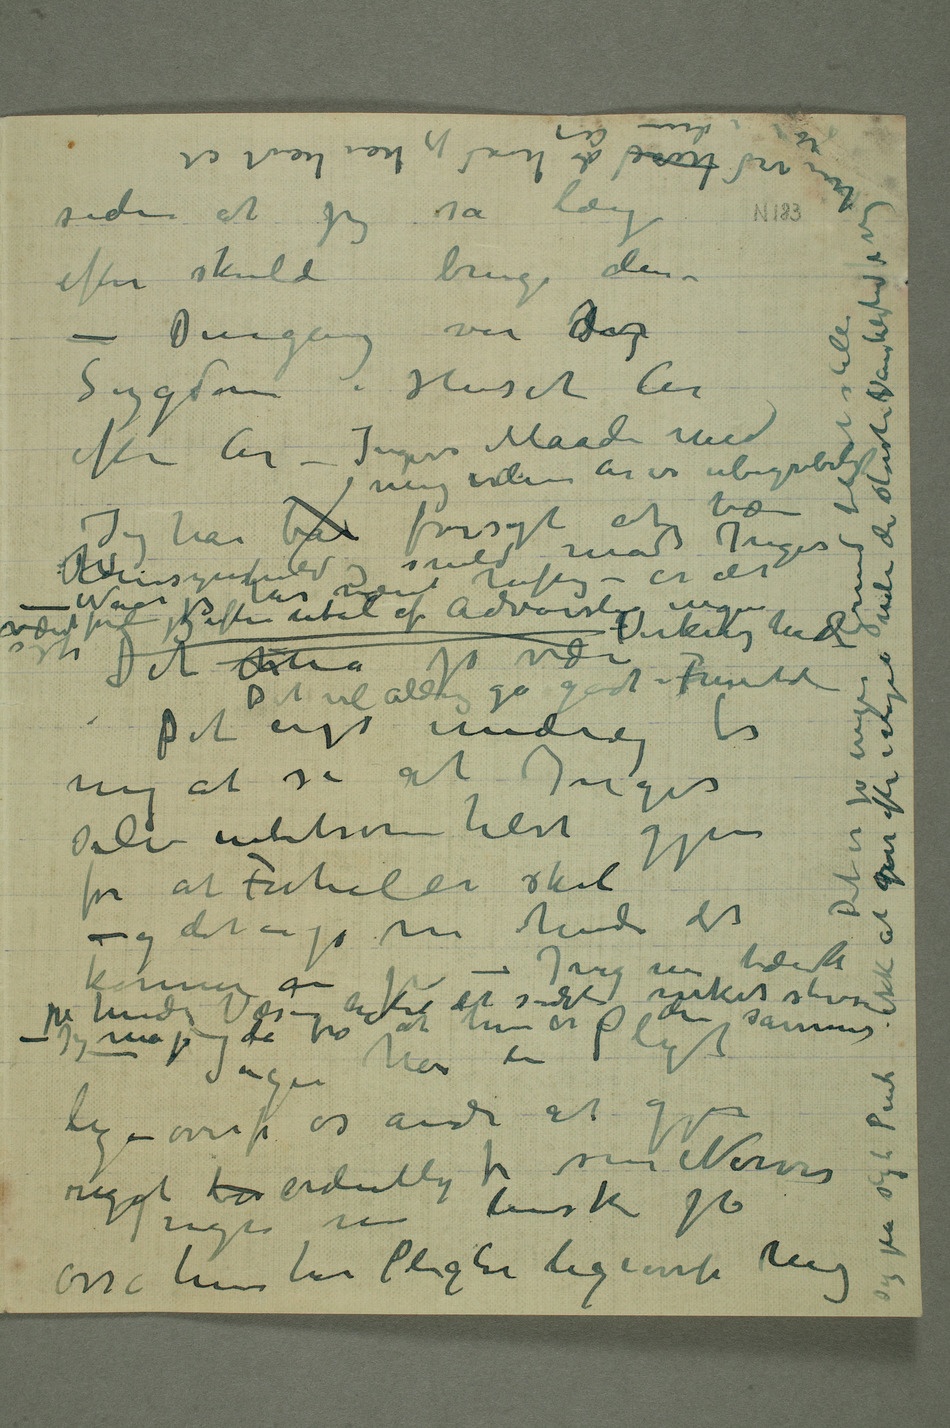
efter skulde bruge den –
efter År – Ingers Maade med mig
i disse År er ubegribeligt Jeg har bare
– er det været fordi jeg efter utal af Advarsler ingen Virknng hade
har mellem syg Det ermå jo være Det
selv intetsomhelst gjør
og det er jo nu hende det kommer an på –
at hun er den samme – Inger har en Pligt
ligeoverfor os andre at gjøre
riggti b ordentlig for sine Nerver
Inger må huske på
osså hun har Pligter ligeoverfor mig Det er